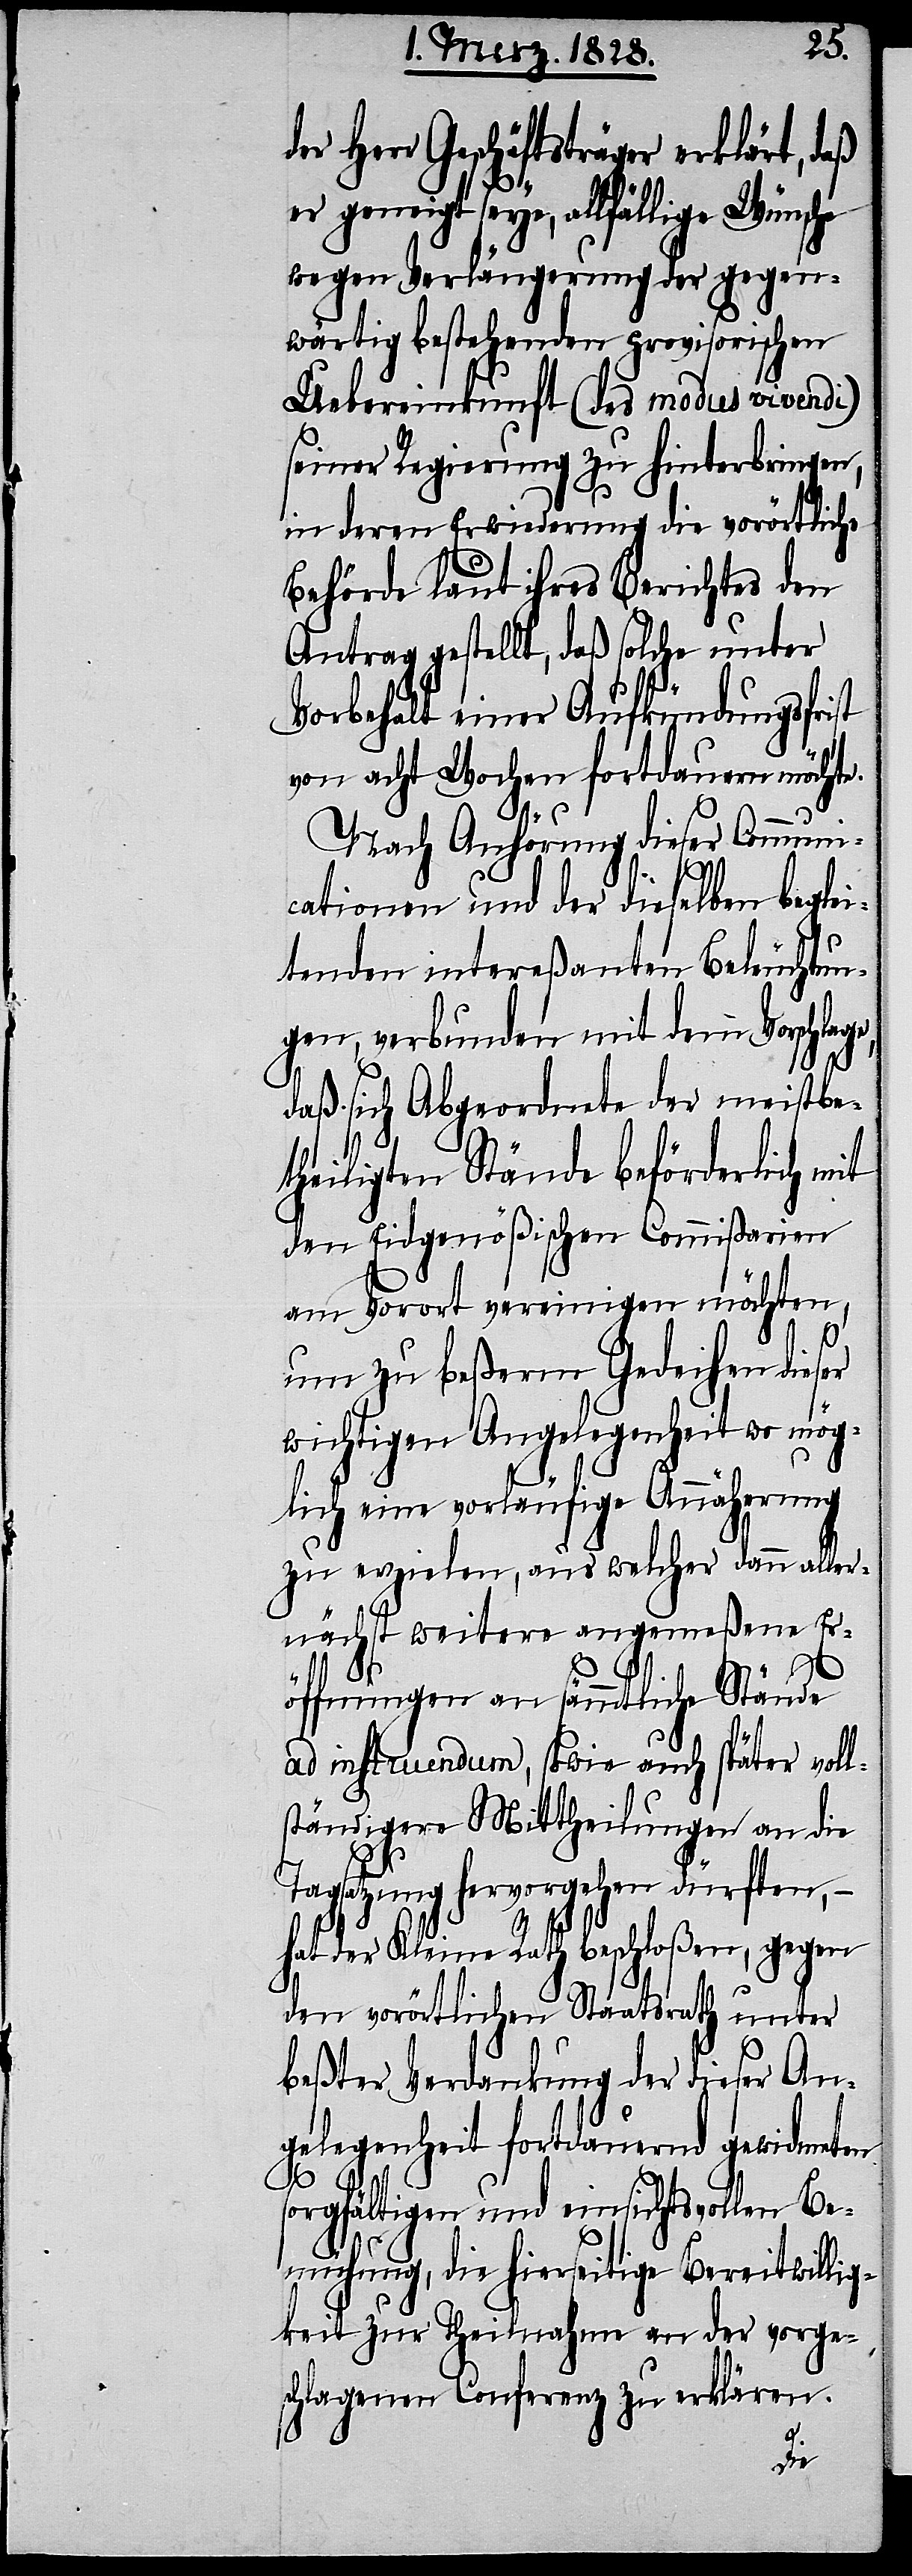
Herr Geschäftsträger erklärt, daß
er geneigt seye, allfällige Wünsche
wegen Verlängerung der gegen¬
wärtig bestehenden provisorischen
Uebereinkunft (des modus vivendi)
seiner Regierung zu hinterbringen,
in deren Erwiederung die vorörtliche
Behörde laut ihres Berichtes den
Antrag gestellt, daß solche unter
Vorbehalt einer Aufkündungsfrist
von acht Wochen fortdauern möchte.
e,
Nach Anhörung dieser Communi¬
cationen und der dieselben beglei¬
tenden intereßanten Beleuchtun¬
gen, verbunden mit dem Vorschlag¬
daß sich Abgeordnete der meistbe¬
theiligten Stände beförderlich mit
den Eidgenößischen Commißarien
am Vorort vereinigen möchten,
um zu beßerm Gedeihen dieser
wichtigen Angelegenheit wo mög¬
lich eine vorläufige Annäherung
zu erzielen, aus welcher dann aller¬
nächst weitere angemeßene Er¬
öffnungen an sämmtliche Stände
ad instruendum, sowie auch später voll¬
ständigere Mittheilungen an die
Tagsatzung hervorgehen dürften, –
hat der Kleine Rath beschloßen, gegen
den vorörtlichen Staatsrath unter
beßter Verdankung der dieser An¬
gelegenheit fortdauernd gewidmeten
sorgfältigen und einsichtsvollen Be¬
mühung, die hierseitige Bereitwillig¬
keit zur Theilnahme an der vorge¬
schlagenen Conferenz zu erklären.
der